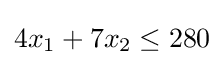
4x_{1}+7x_{2}\leq 280